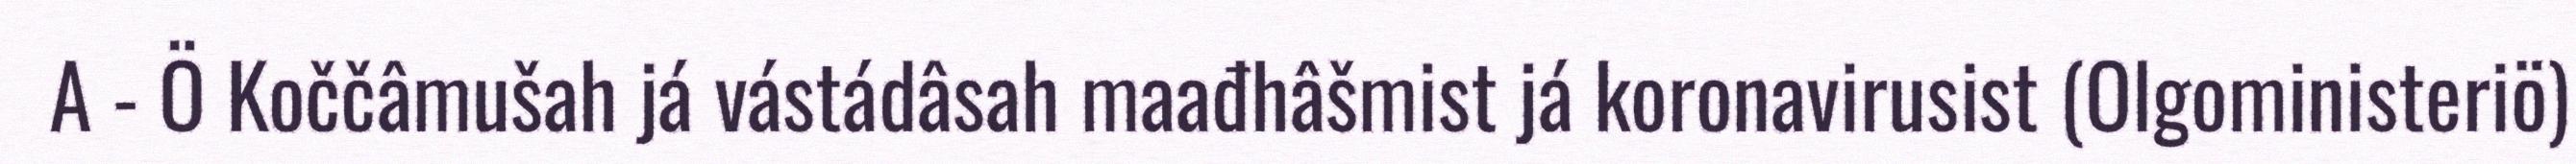
A - Ö Koččâmušah já vástádâsah maađhâšmist já koronavirusist (Olgoministeriö)